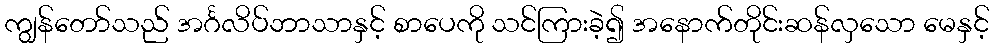
ကျွန်တော်သည် အင်္ဂလိပ်ဘာသာနှင့် စာပေကို သင်ကြားခဲ့၍ အနောက်တိုင်းဆန်လှသော မေနှင့်